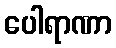
ပေါရာဏာ